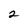
Character: 2